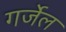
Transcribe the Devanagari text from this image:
गर्जेल